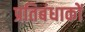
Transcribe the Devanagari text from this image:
प्रतिबंधाकों